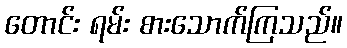
တောင်း ရမ်း စားသောက်ကြသည်။